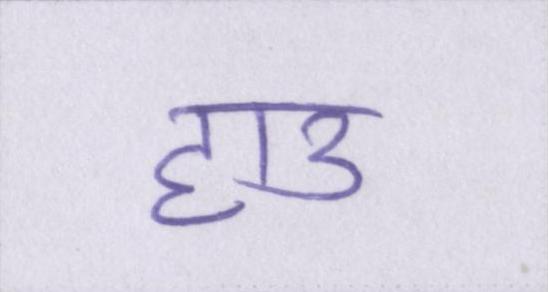
हाउ